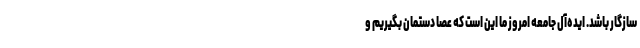
سازگار باشد. ایده‌آل جامعه امروز ما این است که عصا دستمان بگیریم و